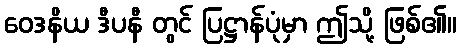
ဝေဒနိယ ဒီပနီ တွင် ပြဋ္ဌာန်ပုံမှာ ဤသို့ ဖြစ်၏။